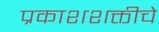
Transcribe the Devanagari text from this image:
प्रकाशशक्तीचे